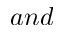
a n d